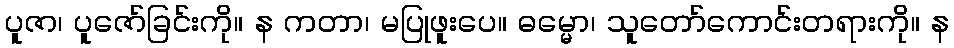
ပူဇာ၊ ပူဇော်ခြင်းကို။ န ကတာ၊ မပြုဖူးပေ။ ဓမ္မော၊ သူတော်ကောင်းတရားကို။ န